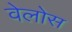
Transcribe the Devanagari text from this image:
वेलोस